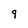
Character: 9